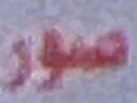
صور